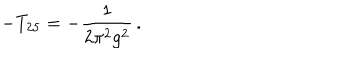
- T _ { 2 5 } = - \frac { 1 } { 2 \pi ^ { 2 } g ^ { 2 } } \, .